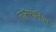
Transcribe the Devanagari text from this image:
फॉस्फोनियम